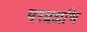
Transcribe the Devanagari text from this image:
परब्रह्मणि